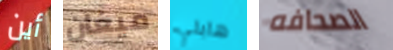
أين ميغان هايلي الصحافه